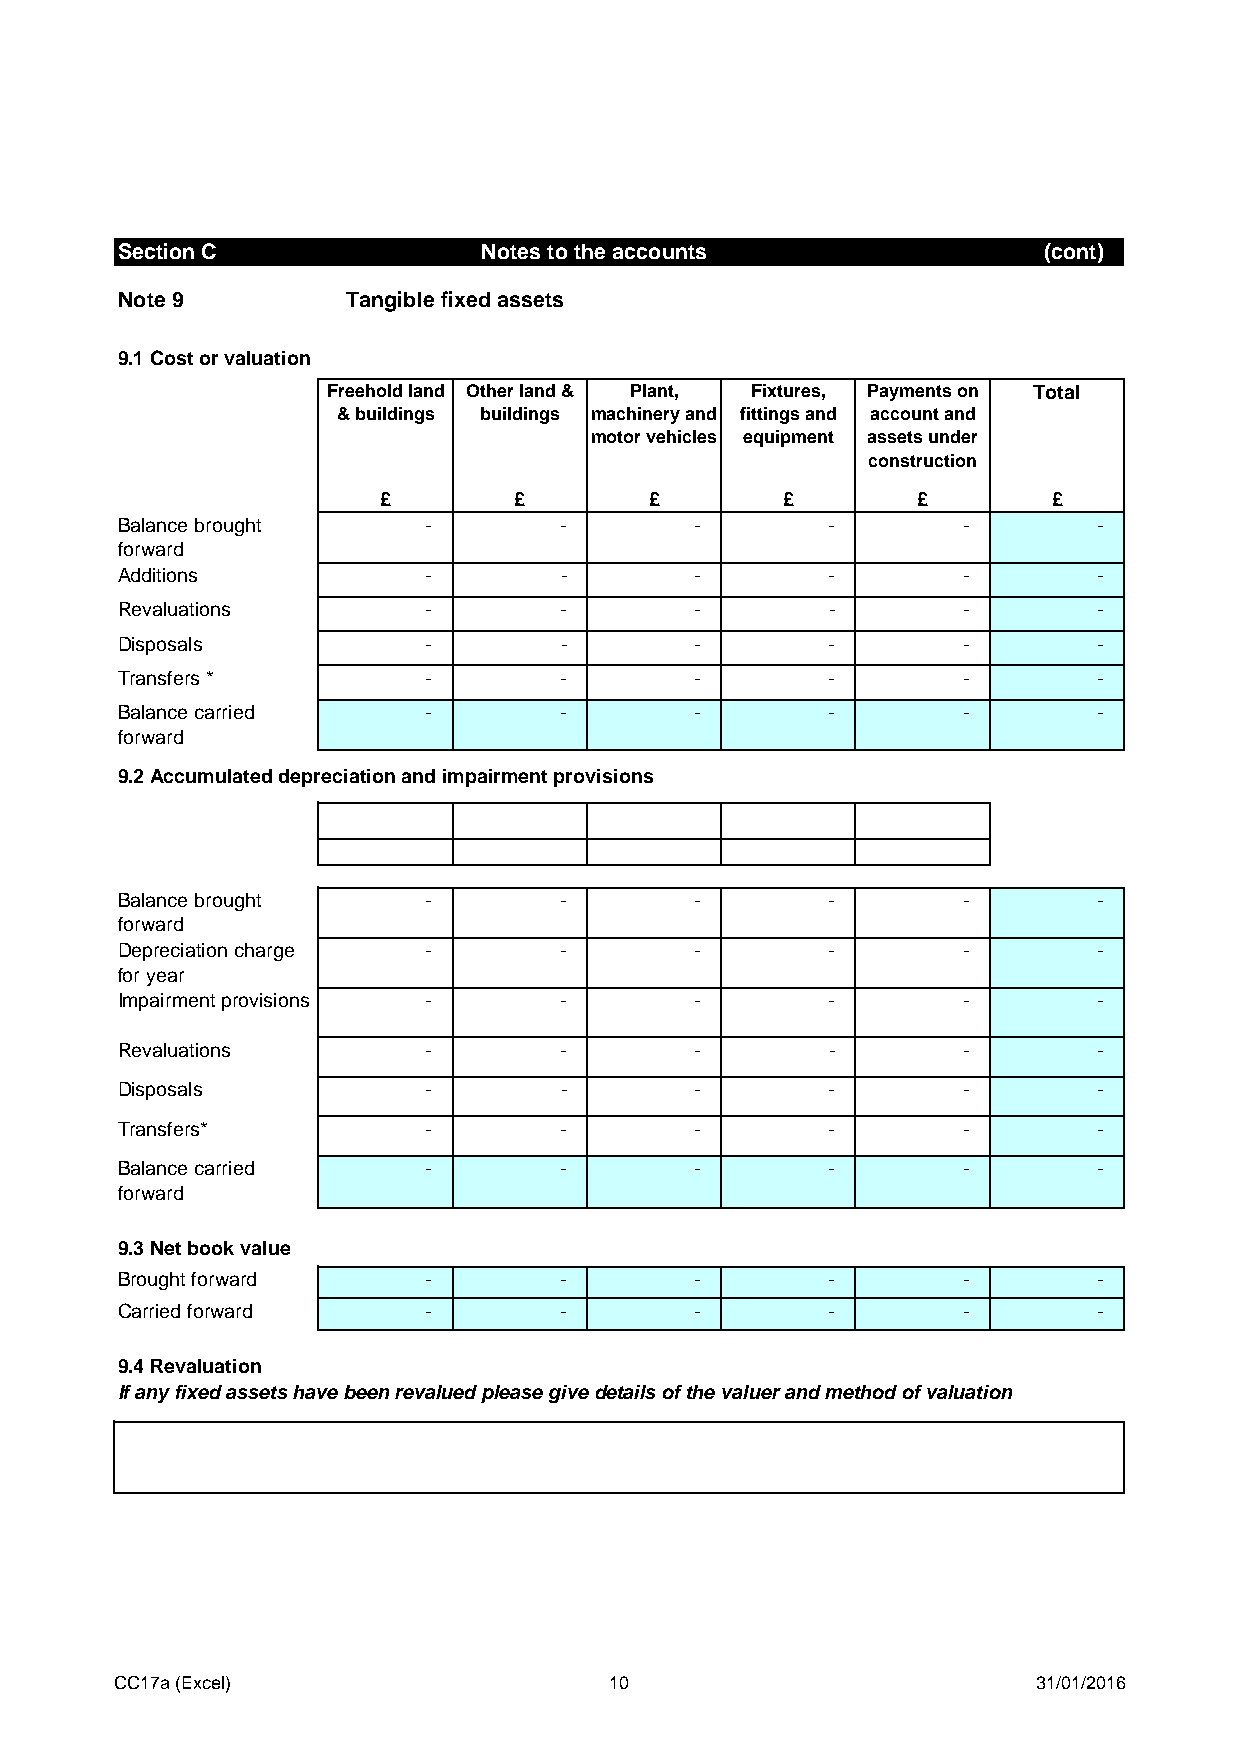
Section C               Notes to the accounts                (cont)
 Note 9         Tangible fixed assets
 9.1 Cost or valuation
 Freehold land Other land & Plant, Fixtures, Payments on Total
 & buildings buildings machinery and fittings and account and
 motor vehicles equipment assets under
 construction
 £        £        £        £        £        £
 Balance brought     -        -        -        -        -        -
 forward
 Additions           -        -        -        -        -        -
 Revaluations        -        -        -        -        -        -
 Disposals           -        -        -        -        -        -
 Transfers *         -        -        -        -        -        -
 Balance carried     -        -        -        -        -        -
 forward
 9.2 Accumulated depreciation and impairment provisions
 Balance brought     -        -        -        -        -        -
 forward
 Depreciation charge -        -        -        -        -        -
 for year
 Impairment provisions -      -        -        -        -        -
 Revaluations        -        -        -        -        -        -
 Disposals           -        -        -        -        -        -
 Transfers*          -        -        -        -        -        -
 Balance carried     -        -        -        -        -        -
 forward
 9.3 Net book value
 Brought forward     -        -        -        -        -        -
 Carried forward     -        -        -        -        -        -
 9.4 Revaluation
 If any fixed assets have been revalued please give details of the valuer and method of valuation
 CC17a (Excel)                   10                           31/01/2016